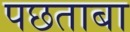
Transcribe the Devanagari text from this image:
पछताबा